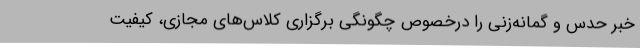
خبر حدس و گمانه‌زنی را درخصوص چگونگی برگزاری کلاس‌های مجازی، کیفیت